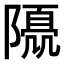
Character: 𨼘